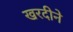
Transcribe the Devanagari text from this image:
खरदीने